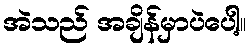
အဲသည် အချိန်မှာပဲပေါ့။